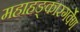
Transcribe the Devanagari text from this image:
महाहङ्कारगर्वेण